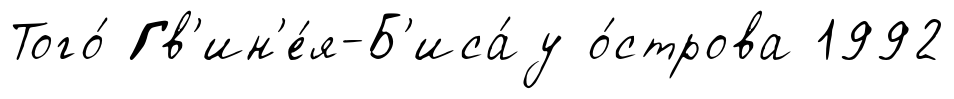
Того́ Гв'ин'е́я-Б'иса́у о́строва 1992